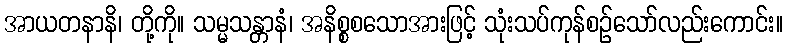
အာယတနာနိ၊ တို့ကို။ သမ္မသန္တာနံ၊ အနိစ္စစသောအားဖြင့် သုံးသပ်ကုန်စဉ်သော်လည်းကောင်း။